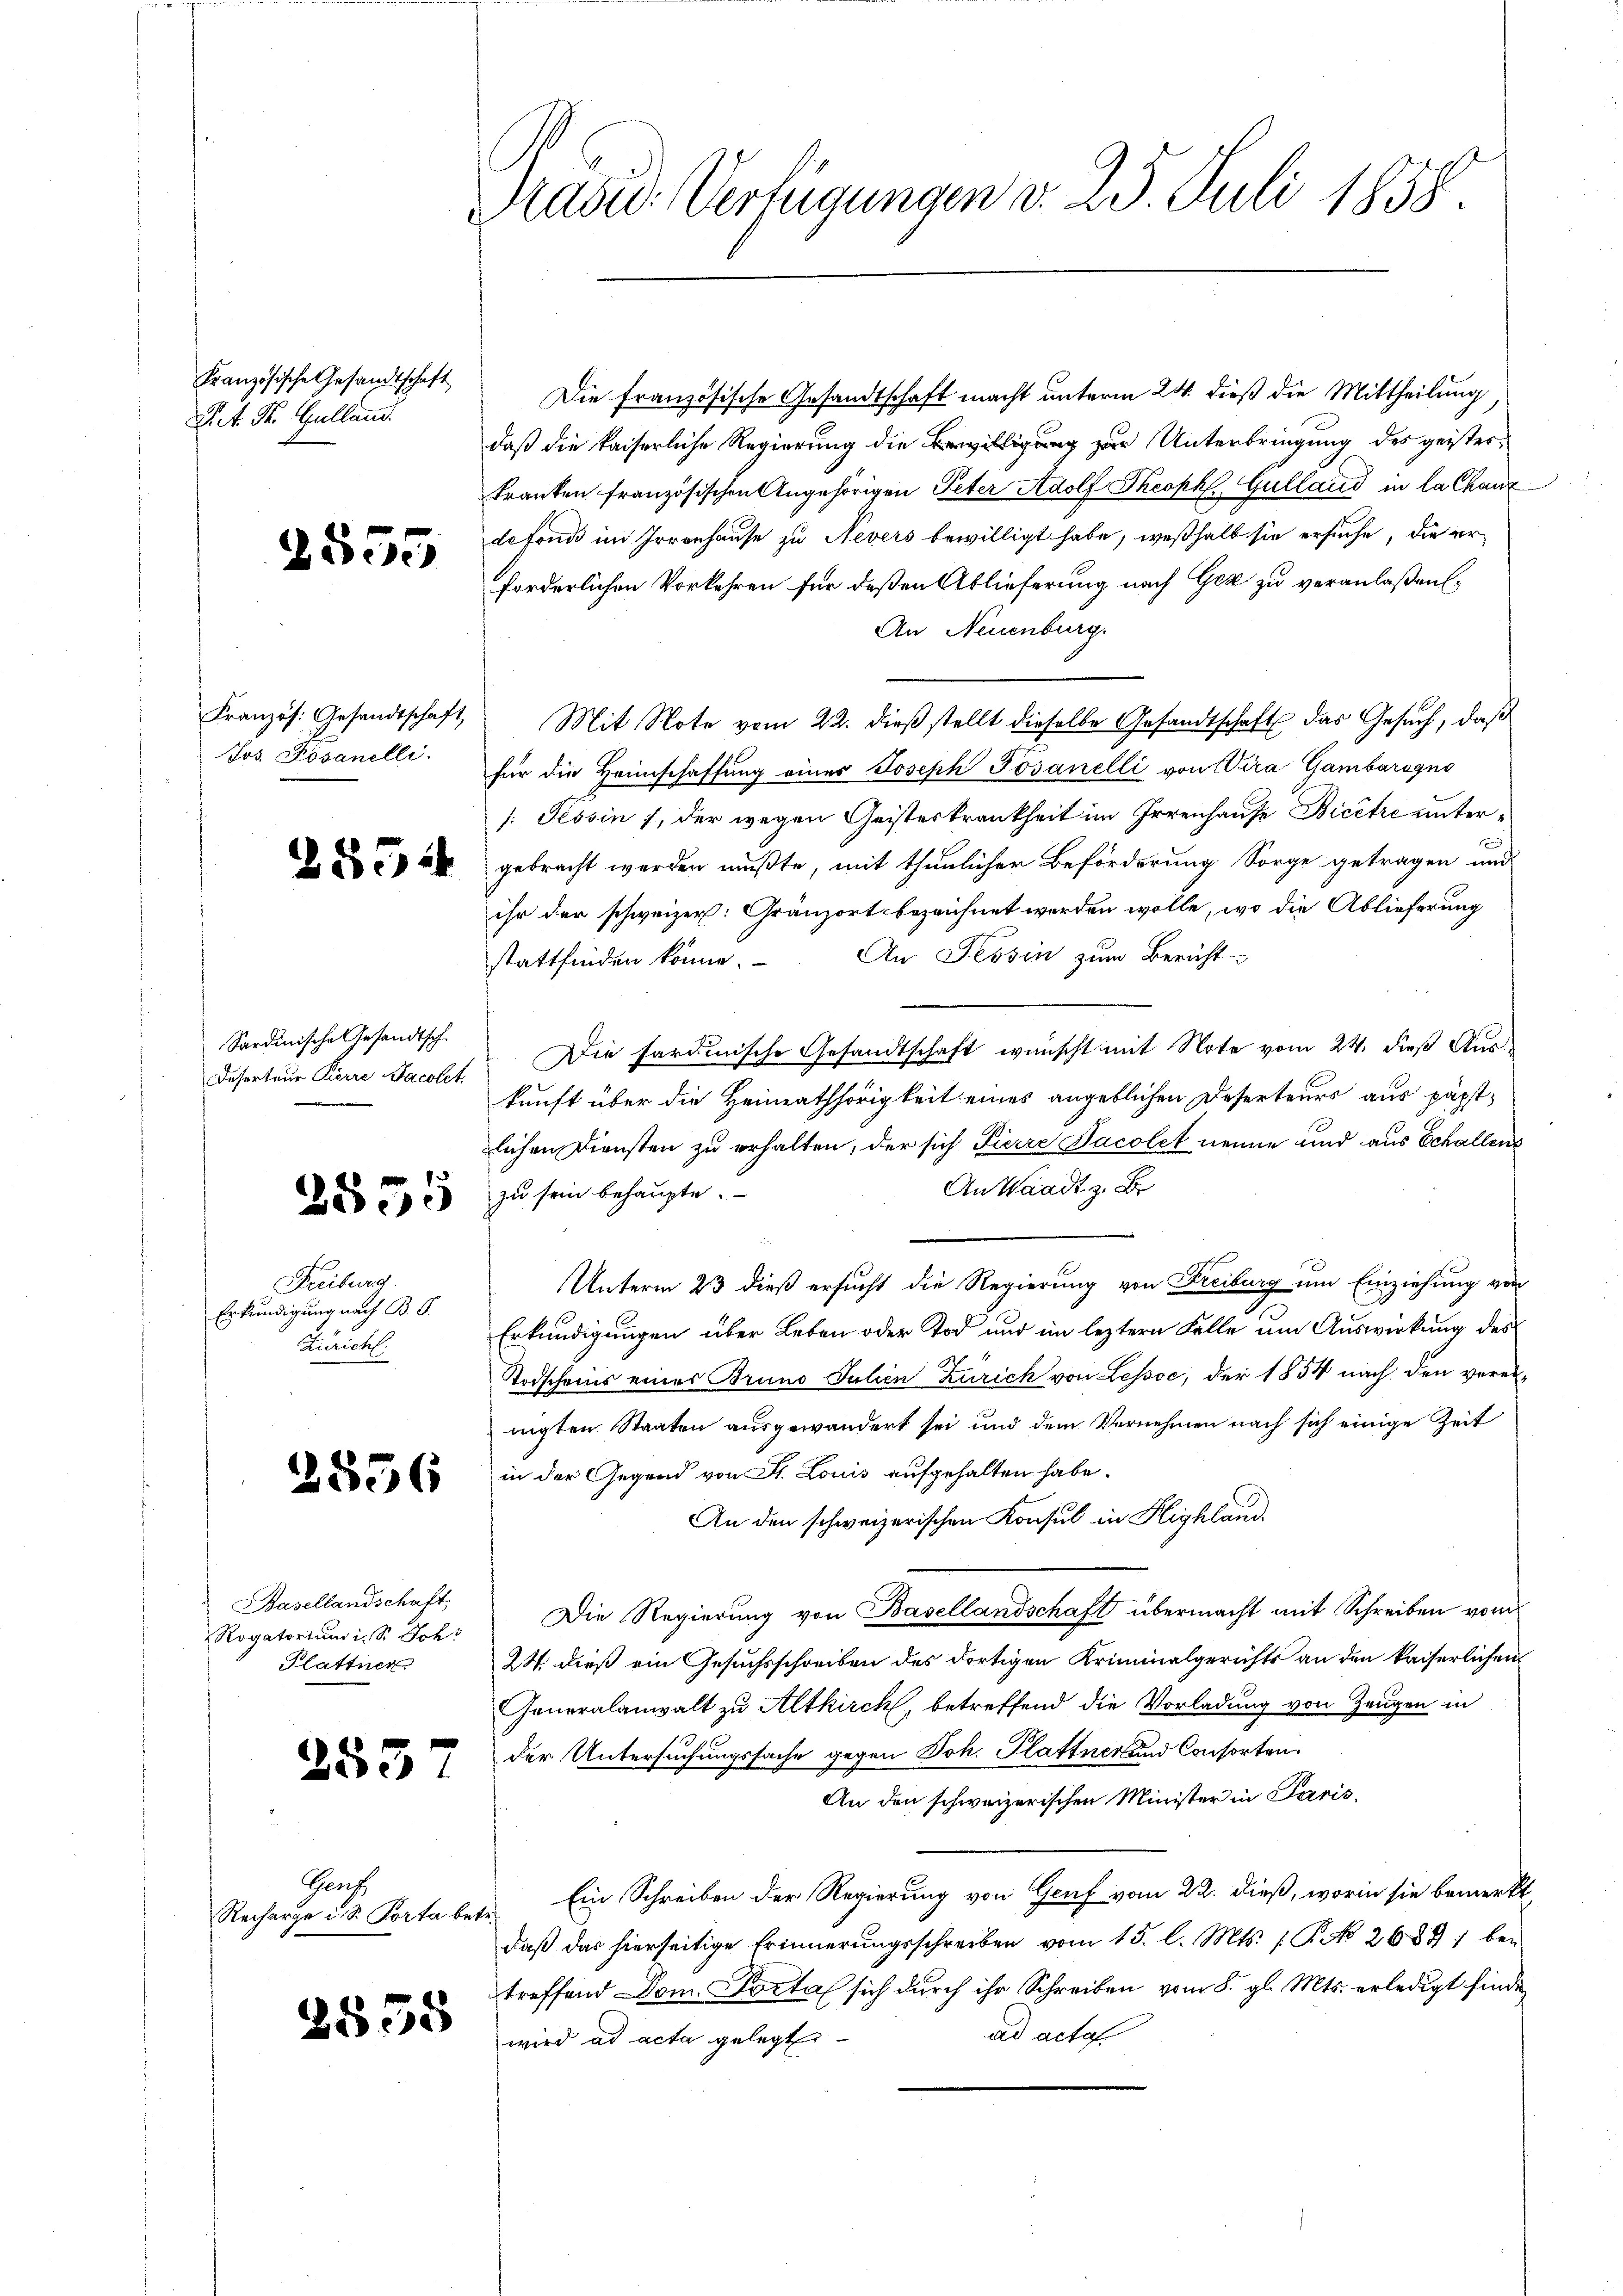
Französische Gesandtschaft
Pct. St. Galland.

2555

Kranzös. Gesandtschaft,
Jos. Posanelli.

8544

Sardinische Gesandtsch.
Deserteur Pierre Facolet.

.

2555

Freiburg.
Erkundigung nach B. G.
Züricht.

2856

Basellandschaft,
Rogatorium ist Schr
Glattner

2537

Präsid. Verfügungen v. 25. Juli 1858.

Grah
Recharge i S. Porta betr.

2555

Die französische Gesandtschaft macht unterm 24. dieß die Mittheilung,
daß die kaiserliche Regierung die Bewilligung zur Unterbringung des geistertranken französischen Angehörigen Peter Adolf Theoph. Gulland in la Chaux
defond im Irrenhause zu Nevers bewilligt habe, weßhalb sie ersuche, die er-
forderlichen Vorkehren für deßen Ablieferung nach Gez zu veranlaßen,
An Neuenburg.
Mit Note vom 22. dieß stellt dieselbe Gesandtschaft das Gesuch, daß
für die Heimschaffung eines Joseph Jovanelli von Wira Gambarogno
[Tessin, der wegen Geisteskrankheit im Irrenhause Bicêtre untergebracht werden müßte, mit thunlicher Beförderung Sorge getragen und
ihr der schweizer: Gränz(...) bezeichnet werden wolle, wo die Ablieferung
An Tessin zum Bericht
stattfinden könne.
Die sardinische Gesandtschaft wünscht mit Note vom 24. dieß Auskunft über die Heimathörigkeit eines angeblichen Deserteurs aus päpstlichen Diensten zu erhalten, der sich Pierre Jacolet nenne und aus Schallens
An Waadt z. B
zu sein behaupte.
Unterm 23 dieß ersucht die Regierung von Freiburg um Einziehung von
Erkundigungen über Leben oder Tod und im leztern Falle um Auswirkung des
Todscheins eines Bruno Julien Zürich von Lessoć, der 1854 nach den verei-
nigten Staaten ausgewandert sei und dem Vernehmen nach sich einige Zeit
in der Gegend von St. Louis aufgehalten habe.
An den schweizerischen Konsul in Highland
Die Regierung von Basellandschaft übermacht mit Schreiben vom
24. dieß ein Gesuchsschreiben des dortigen Kriminalgerichts an den kaiserlichen
Generalanwalt zu Altkirch, betreffend die Vorladung von Zeugen in
der Untersuchungssache gegen Joh. Plattner und Consorten.
An den schweizerischen Minister in Paris,
Ein Schreiben der Regierung von Graf vom 22. dieß, worin sie bemerkt,
daβ das hierseitige Erinnerungsschreiben vom 15. l. Mts. 1 P. NNo. 2659, bei-
treffend Dom. Docta sich durch ihr Schreiben vom 8. gl. Mts. erledigt finde
ad acta
wird ad acta gelegt.